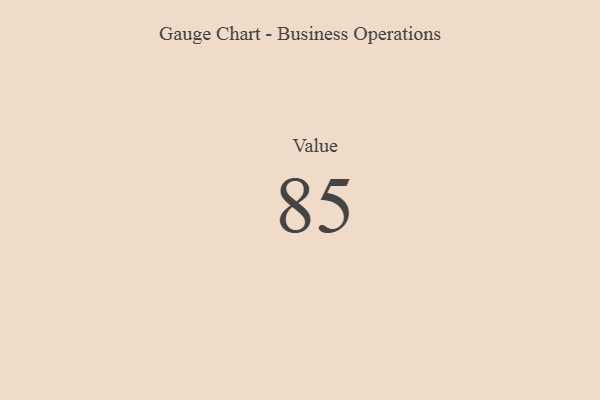
{"axis": {"x": "Metric", "y": "Value"}, "legend": [""], "data": [{"x": "Value", "y": 85, "type": ""}]}